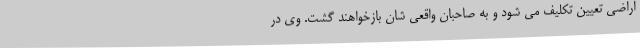
اراضی تعیین تکلیف می شود و به صاحبان واقعی شان بازخواهند گشت. وی در